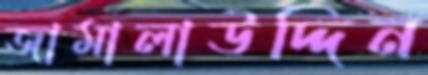
জামালাউদ্দিন